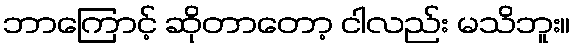
ဘာကြောင့် ဆိုတာတော့ ငါလည်း မသိဘူး။